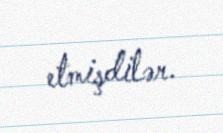
etmişdilər.